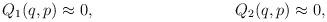
LaTeX: \begin{align*}Q_1(q,p) \approx 0, \hspace{1.4in} Q_2(q,p) \approx 0,\end{align*}